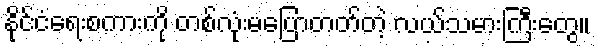
နိုင်ငံရေးစကားကို တစ်လုံးမပြောတတ်တဲ့ လယ်သမားကြီးတွေ။